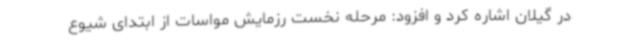
در گیلان اشاره کرد و افزود: مرحله نخست رزمایش مواسات از ابتدای شیوع